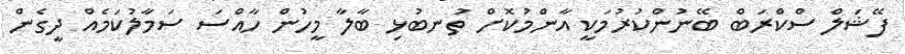
ފޭޝަލް ސްކްރަބް ބޭނުންކުރުމަކީ އާންމުކޮށް ތުނބުޅި ބާލާ މީހުން ހާއްސަ ސަމާލުކަމެއް ދީގެން